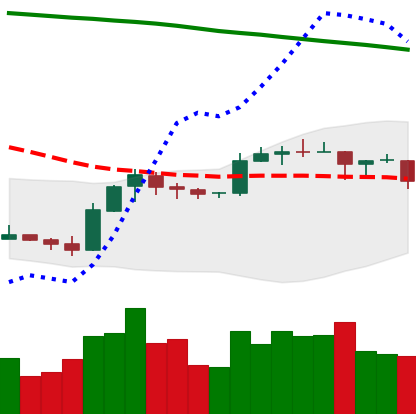
Ticker: EOS-USD
Chart end date: 2019-09-22
Forward return: -25.429%
Label: down_7plus